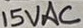
Text: 15VAC